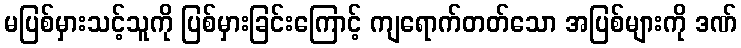
မပြစ်မှားသင့်သူကို ပြစ်မှားခြင်းကြောင့် ကျရောက်တတ်သော အပြစ်များကို ဒဏ်